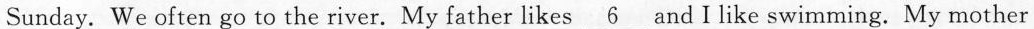
Sunday. We often go to the river. My father likes_ 6 and I like swimming. My mother